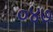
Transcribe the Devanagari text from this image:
०४७